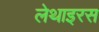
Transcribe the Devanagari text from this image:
लेथाइरस